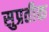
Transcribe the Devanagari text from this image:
सुप्रतीक